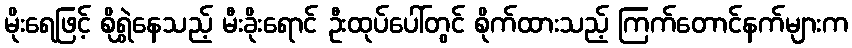
မိုးရေဖြင့် စိုရွှဲနေသည့် မီးခိုးရောင် ဦးထုပ်ပေါ်တွင် စိုက်ထားသည့် ကြက်တောင်နက်များက